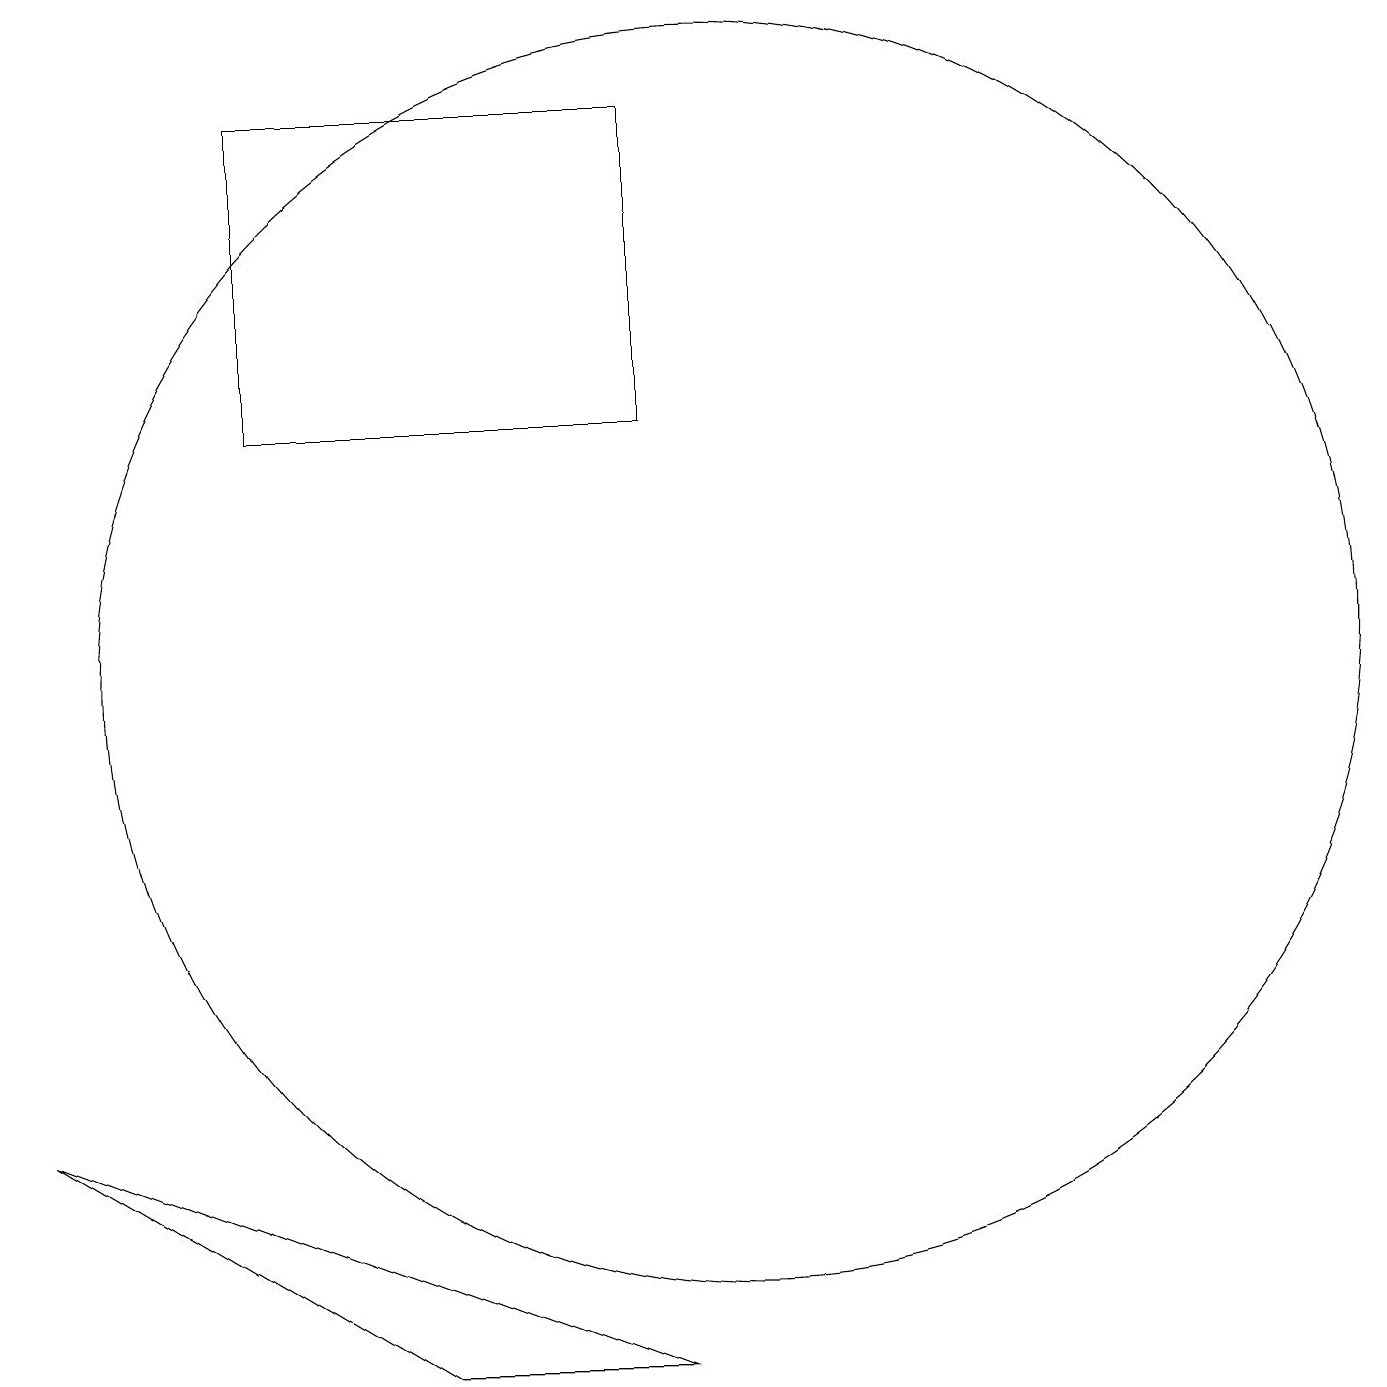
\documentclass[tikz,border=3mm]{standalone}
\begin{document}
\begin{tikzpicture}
\draw (10,11) circle (8);
\draw (1,5) -- (9,2) -- (6,2) -- cycle;
\draw (4,18) rectangle (9,14);
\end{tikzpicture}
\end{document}